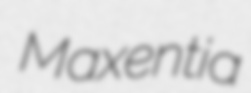
Maxentia